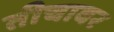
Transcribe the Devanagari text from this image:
तीचावर